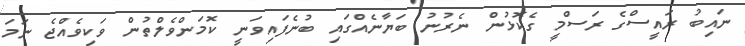
ނައިބު ރައީސްގެ ރަސްމީ ގެކޮޅުން ނެރުނު ބަޔާނެއްގައި ބުނެފައިވަނީ ކޮމަންވެލްތުން ވަކިވެއްޖެ ނަމަ